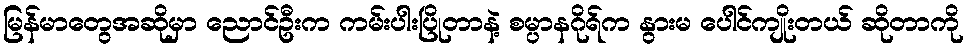
မြန်မာတွေအဆိုမှာ ညောင်ဦးက ကမ်းပါးပြိုတာနဲ့ စမ္ပာနဂိုရ်က နွားမ ပေါင်ကျိုးတယ် ဆိုတာကို